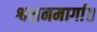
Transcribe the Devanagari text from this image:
श्वसनमार्गात